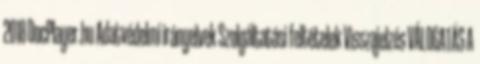
2018 DocPlayer.hu Adatvédelmi irányelvek Szolgáltatási feltételek Visszajelzés VÁLOGATÁS A